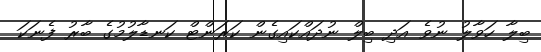
ބިލާ ހަވާލު ނުވެ އަދި ބިލް ނުދައްކައިގެން ކަރަންޓް ކަނޑާލުމުގެ ބާރު ފެނަކަ